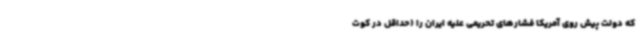
که دولت پیش روی آمریکا فشارهای تحریمی علیه ایران را (حداقل در کوت